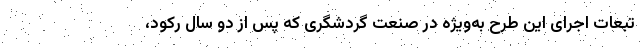
تبعات اجرای این طرح به‌ویژه در صنعت گردشگری که پس از دو سال رکود،